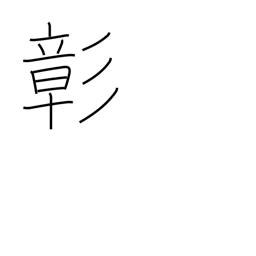
Meaning: patent